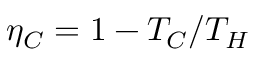
\eta _ { C } = 1 - T _ { C } / T _ { H }